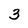
Character: 3